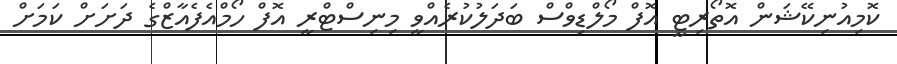
ކޮމިއުނިކޭޝަން އޮތޯރިޓީ އޮފް މޯލްޑިވްސް ބަދަލުކުރެއްވީ މިނިސްޓްރީ އޮފް ހޯމްއެފެއާޒްގެ ދަށަށް ކަމަށް